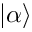
| \alpha \rangle